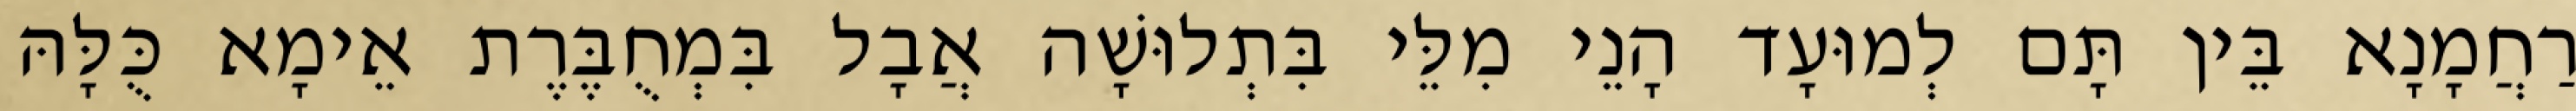
רַחֲמָנָא בֵּין תָּם לְמוּעָד הָנֵי מִלֵּי בִּתְלוּשָׁה אֲבָל בִּמְחֻבֶּרֶת אֵימָא כֻּלָּהּ